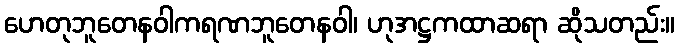
ဟေတုဘူတေနဝါကရဏဘူတေနဝါ၊ ဟုအဋ္ဌကထာဆရာ ဆိုသတည်း။